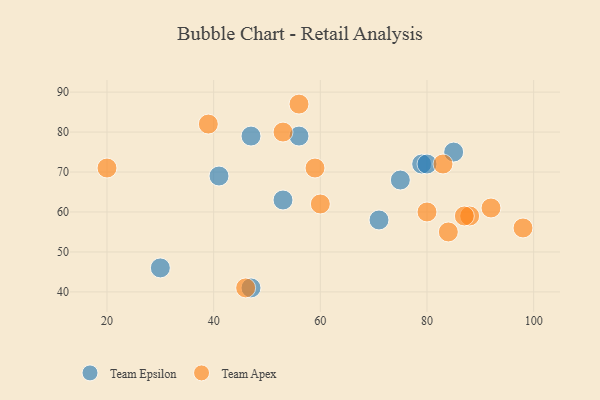
{"axis": {"x": "GDP", "y": "Life Expectancy"}, "legend": ["Team Apex", "Team Epsilon"], "data": [{"x": "30", "y": 46, "type": "Team Epsilon"}, {"x": "53", "y": 63, "type": "Team Epsilon"}, {"x": "71", "y": 58, "type": "Team Epsilon"}, {"x": "47", "y": 41, "type": "Team Epsilon"}, {"x": "75", "y": 68, "type": "Team Epsilon"}, {"x": "79", "y": 72, "type": "Team Epsilon"}, {"x": "47", "y": 79, "type": "Team Epsilon"}, {"x": "56", "y": 79, "type": "Team Epsilon"}, {"x": "41", "y": 69, "type": "Team Epsilon"}, {"x": "85", "y": 75, "type": "Team Epsilon"}, {"x": "80", "y": 72, "type": "Team Epsilon"}, {"x": "88", "y": 59, "type": "Team Apex"}, {"x": "20", "y": 71, "type": "Team Apex"}, {"x": "84", "y": 55, "type": "Team Apex"}, {"x": "53", "y": 80, "type": "Team Apex"}, {"x": "56", "y": 87, "type": "Team Apex"}, {"x": "92", "y": 61, "type": "Team Apex"}, {"x": "60", "y": 62, "type": "Team Apex"}, {"x": "80", "y": 60, "type": "Team Apex"}, {"x": "87", "y": 59, "type": "Team Apex"}, {"x": "46", "y": 41, "type": "Team Apex"}, {"x": "83", "y": 72, "type": "Team Apex"}, {"x": "98", "y": 56, "type": "Team Apex"}, {"x": "59", "y": 71, "type": "Team Apex"}, {"x": "39", "y": 82, "type": "Team Apex"}]}